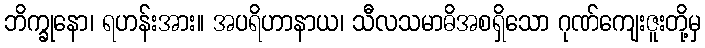
ဘိက္ခုနော၊ ရဟန်းအား။ အပရိဟာနာယ၊ သီလသမာဓိအစရှိသော ဂုဏ်ကျေးဇူးတို့မှ